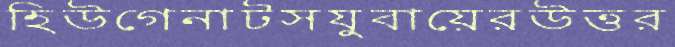
হিউগেনাটসযুবায়েরউত্তর